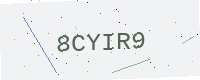
Text: 8CYIR9